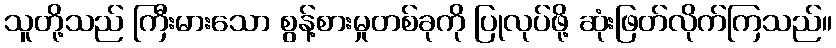
သူတို့သည် ကြီးမားသော စွန့်စားမှုတစ်ခုကို ပြုလုပ်ဖို့ ဆုံးဖြတ်လိုက်ကြသည်။